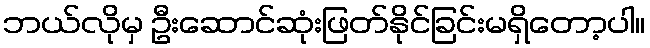
ဘယ်လိုမှ ဦးဆောင်ဆုံးဖြတ်နိုင်ခြင်းမရှိတော့ပါ။